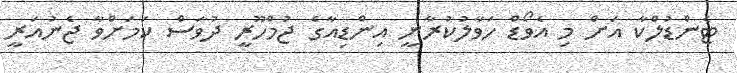
ޓެންޑުލްކާ އަށް މި އެވޯޑް ހަވާލުކުރާނީ އިންޑިއާގެ ޖުމްހޫރީ ދުވަސް ކަމަށްވާ ޖެނުއަރީ